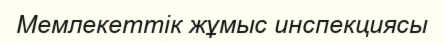
Мемлекеттік жұмыс инспекциясы